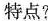
特点?